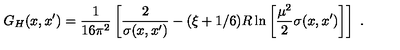
G _ { H } ( x , x ^ { \prime } ) = \frac 1 { 1 6 \pi ^ { 2 } } \left[ \frac 2 { \sigma ( x , x ^ { \prime } ) } - ( \xi + 1 / 6 ) R \ln \left[ \frac { \mu ^ { 2 } } 2 \sigma ( x , x ^ { \prime } ) \right] \right] \ .